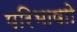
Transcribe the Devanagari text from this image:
परिभाषाो